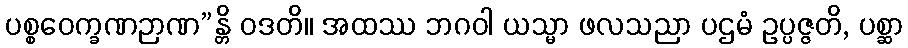
ပစ္စဝေက္ခဏဉာဏ”န္တိ ဝဒတိ။ အထဿ ဘဂဝါ ယသ္မာ ဖလသညာ ပဌမံ ဥပ္ပဇ္ဇတိ, ပစ္ဆာ